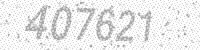
Solution: 407621